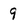
Character: 9